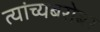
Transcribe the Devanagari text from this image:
त्यांच्यबरोबर